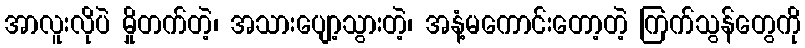
အာလူးလိုပဲ မှိုတက်တဲ့၊ အသားပျော့သွားတဲ့၊ အနံ့မကောင်းတော့တဲ့ ကြက်သွန်တွေကို